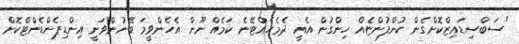
"ސަބްސިޑައިޒްކޮށްގެން ކުންފުންޏެއް ހިންގުން އެއީ ދެމެހެއްޓޭނެ ކަމެއް ނޫން އެހެންވީމަ ބޭނުންވަނީ އިންޑިޕެންޑެންޓްކޮށް